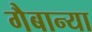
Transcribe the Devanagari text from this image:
गैबान्या